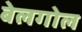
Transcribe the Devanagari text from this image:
बेलगोल